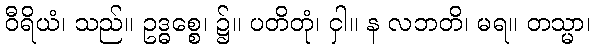
ဝီရိယံ၊ သည်။ ဥဒ္ဓစ္စေ၊ ၌။ ပတိတုံ၊ ငှါ။ န လဘတိ၊ မရ။ တသ္မာ၊